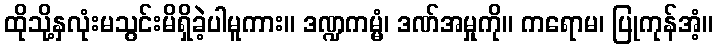
ထိုသို့နှလုံးမသွင်းမိရှိခဲ့ပါမူကား။ ဒဏ္ဍကမ္မံ၊ ဒဏ်အမှုကို။ ကရောမ၊ ပြုကုန်အံ့။